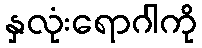
နှလုံးရောဂါကို